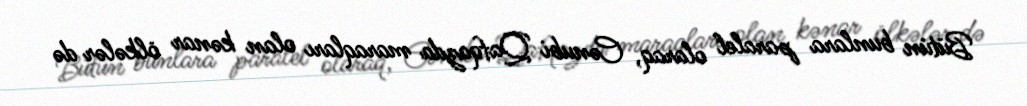
Bütün bunlara paralel olaraq, Cənubi Qafqazda maraqları olan kənar ölkələr də